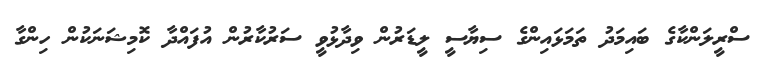
ސްރީލަންކާގެ ބައިމަދު ތަމަޅައިންގެ ސިޔާސީ ލީޑަރުން ވިދާޅުވީ ސަރުކާރުން އުފައްދާ ކޮމިޝަނަކުން ހިންގާ